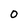
Character: 0